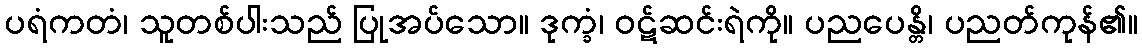
ပရံကတံ၊ သူတစ်ပါးသည် ပြုအပ်သော။ ဒုက္ခံ၊ ဝဋ်ဆင်းရဲကို။ ပညပေန္တိ၊ ပညတ်ကုန်၏။